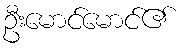
ဦးမောင်မောင်၏